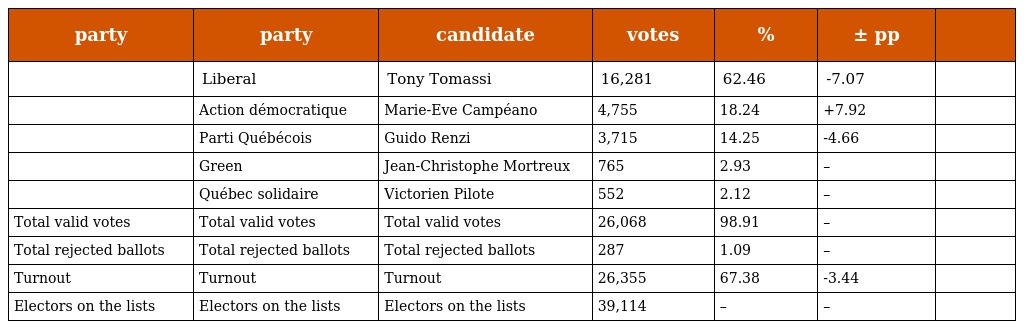
| party | party | candidate | votes | % | ± pp |  |
 | --- | --- | --- | --- | --- | --- | --- |
 |  | Liberal | Tony Tomassi | 16,281 | 62.46 | -7.07 |  |
 |  | Action démocratique | Marie-Eve Campéano | 4,755 | 18.24 | +7.92 |  |
 |  | Parti Québécois | Guido Renzi | 3,715 | 14.25 | -4.66 |  |
 |  | Green | Jean-Christophe Mortreux | 765 | 2.93 | – |  |
 |  | Québec solidaire | Victorien Pilote | 552 | 2.12 | – |  |
 | Total valid votes | Total valid votes | Total valid votes | 26,068 | 98.91 | – |  |
 | Total rejected ballots | Total rejected ballots | Total rejected ballots | 287 | 1.09 | – |  |
 | Turnout | Turnout | Turnout | 26,355 | 67.38 | -3.44 |  |
 | Electors on the lists | Electors on the lists | Electors on the lists | 39,114 | – | – |  |